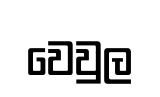
වෙවුල